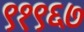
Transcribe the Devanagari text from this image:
९१९६७